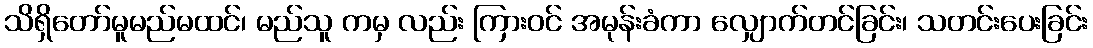
သိရှိတော်မူမည်မထင်၊ မည်သူ ကမှ လည်း ကြားဝင် အမုန်းခံကာ လျှောက်တင်ခြင်း၊ သတင်းပေးခြင်း